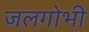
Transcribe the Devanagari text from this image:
जलगोभी